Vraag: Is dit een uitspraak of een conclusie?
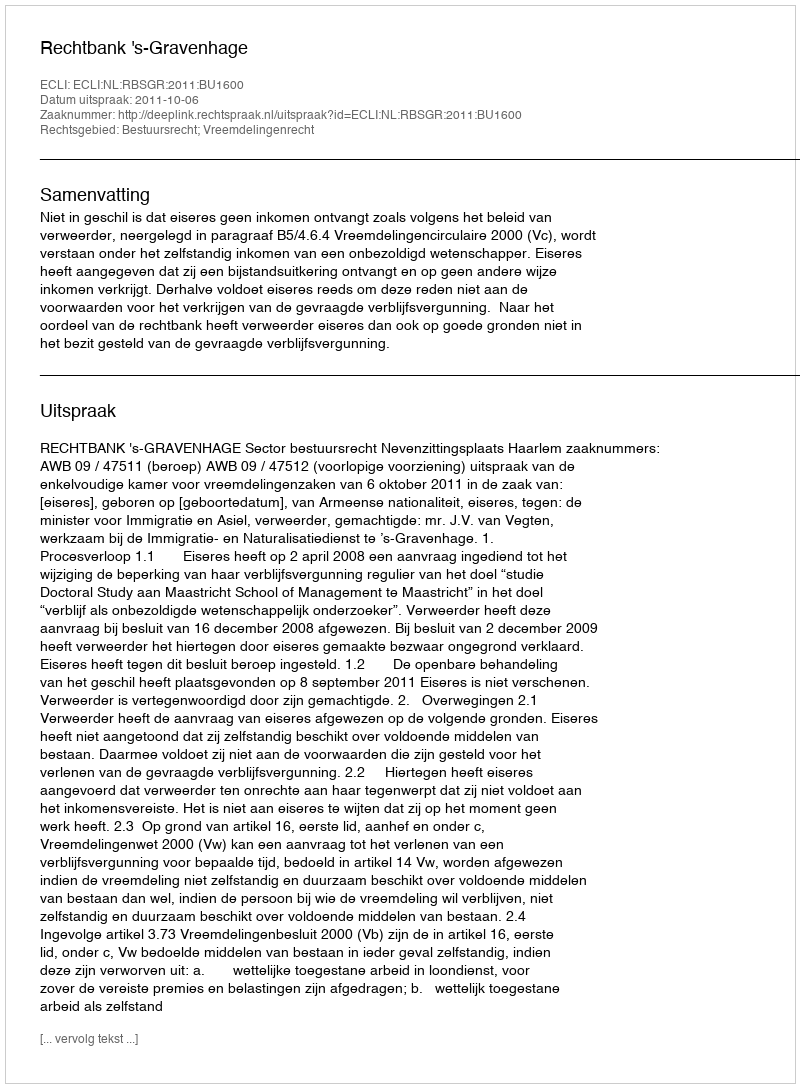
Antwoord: Uitspraak